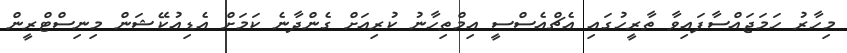
މިހާރު ހަމަޖައްސާފައިވާ ތާރީހުގައި އެޗްއެސްސީ އިމްތިހާނު ކުރިއަށް ގެންދާނެ ކަމަށް އެޑިއުކޭޝަން މިނިސްޓްރީން